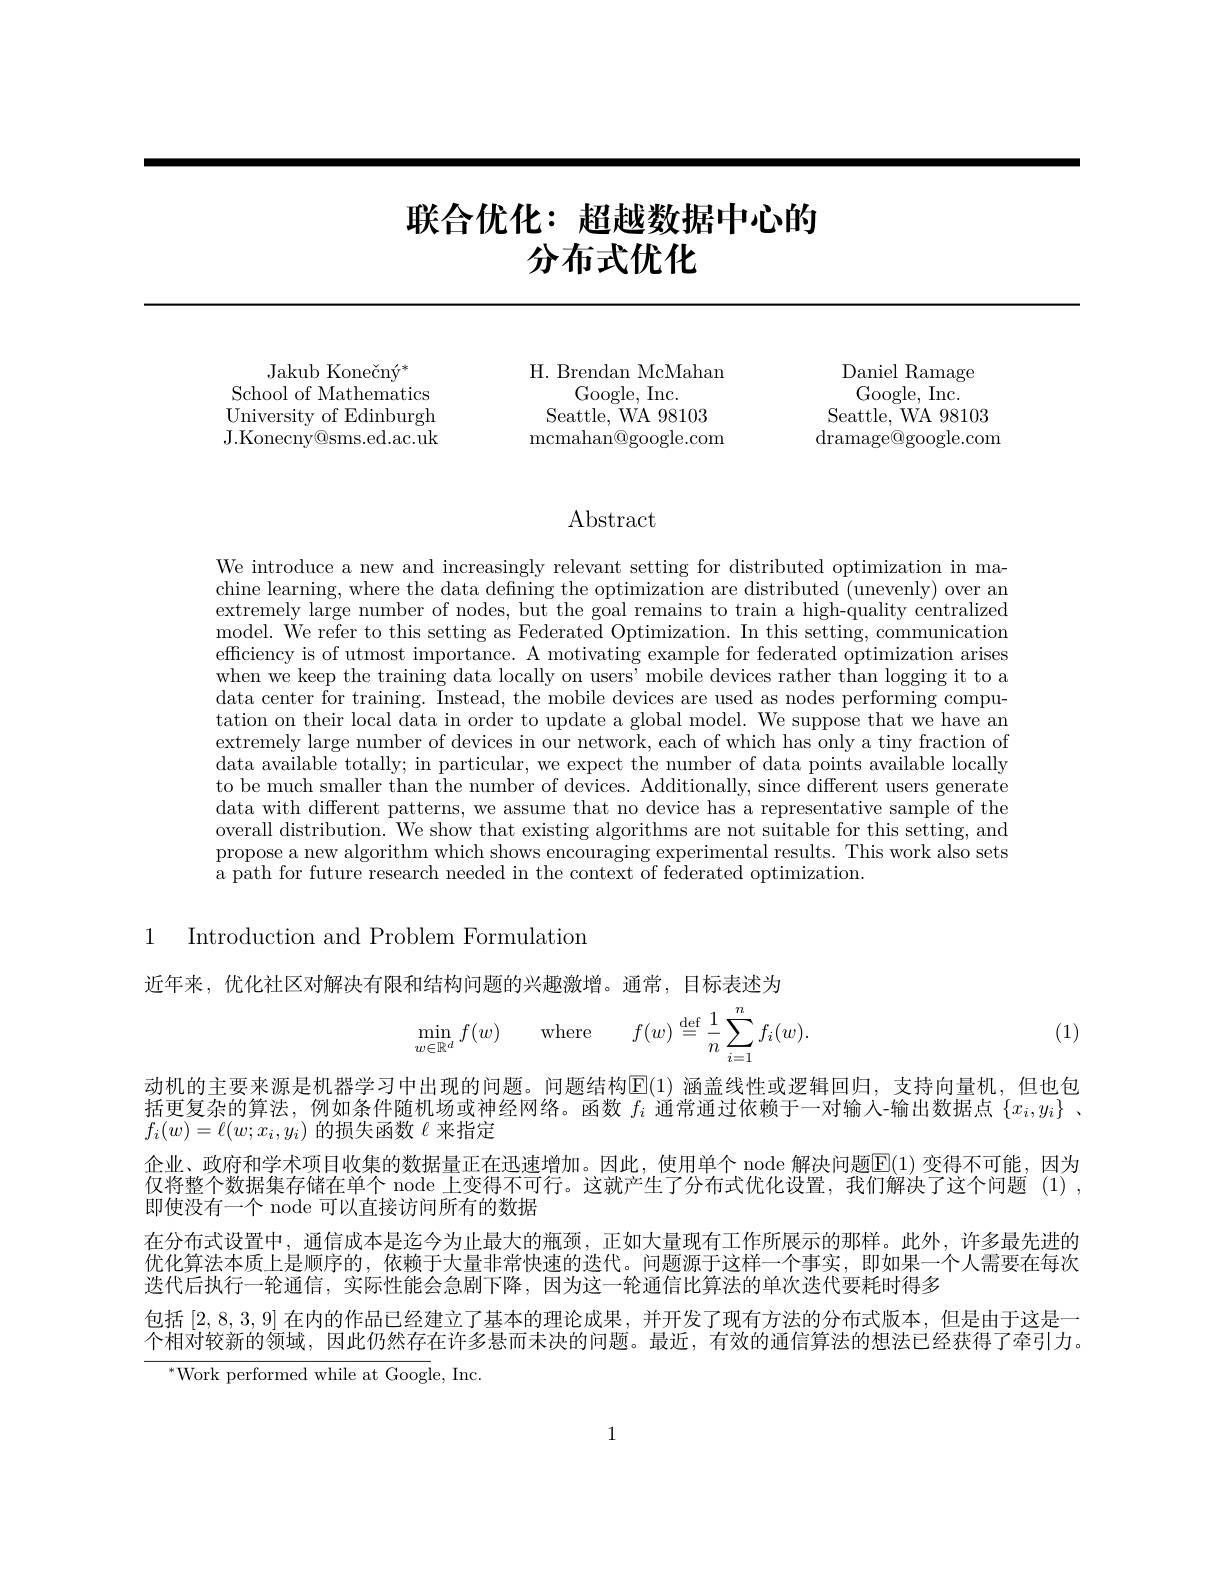
# 联合优化：超越数据中心的分布式优化

Jakub Konečný*
School of Mathematics University of Edinburgh J.Konecny@sms.ed.ac.uk

H. Brendan McMahan
Google, Inc.
Seattle, WA 98103 ${\mathrm{mcmahan@google.com}}$

Daniel Ramage Google, Inc.
Seattle, WA 98103 ${\mathrm{dramage@google.com}}$

## $\operatorname{Abstract}$

We introduce a new and increasingly relevant setting for distributed optimization in machine learning, where the data defining the optimization are distributed (unevenly) over an extremely large number of nodes, but the goal remains to train a high-quality centralized model. We refer to this setting as Federated Optimization. In this setting, communication efficiency is of utmost importance. A motivating example for federated optimization arises when we keep the training data locally on users' mobile devices rather than logging it to a data center for training. Instead, the mobile devices are used as nodes performing computation on their local data in order to update a global model. We suppose that we have an extremely large number of devices in our network, each of which has only a tiny fraction of data available totally; in particular, we expect the number of data points available locally to be much smaller than the number of devices. Additionally, since different users generate data with different patterns, we assume that no device has a representative sample of the overall distribution. We show that existing algorithms are not suitable for this setting, and propose a new algorithm which shows encouraging experimental results. This work also sets a path for future research needed in the context of federated optimization.

1

Introduction and Problem Formulation

近年来，优化社区对解决有限和结构问题的兴趣激增。通常，目标表述为

(1)
$$\min\limits_{w\in\mathbb{R}^d}f(w)\quad\text{where}\quad f(w)\stackrel{\text{def}}{=}\frac{1}{n}\sum\limits_{i=1}^nf_i(w).$$
动机的主要来源是机器学习中出现的问题。问题结构$\mathbb{E}(1)$ 涵盖线性或逻辑回归，支持向量机，但也包括更复杂的算法，例如条件随机场或神经网络。函数$f_i$通常通过依赖于一对输人-输出数据点$\{x_i,y_i\}$ 、 $f_i(w)=\ell(w;x_i,y_i)$的损失函数$\ell$来指定

企业、政府和学术项目收集的数据量正在迅速增加。因此，使用单个 node 解决问题E(1) 变得不可能，因为仅将整个数据集存储在单个 node 上变得不可行。这就产生了分布式优化设置，我们解决了这个问题 (1) , 即使没有一个 node 可以直接访问所有的数据
在分布式设置中，通信成本是迄今为止最大的瓶颈，正如大量现有工作所展示的那样。此外，许多最先进的优化算法本质上是顺序的，依赖于大量非常快速的迭代。问题源于这样一个事实，即如果一个人需要在每次迭代后执行一轮通信，实际性能会急剧下降，因为这一轮通信比算法的单次迭代要耗时得多
包括[2,8,3,9]在内的作品已经建立了基本的理论成果，并开发了现有方法的分布式版本，但是由于这是一个相对较新的领域，因此仍然存在许多悬而未决的问题。最近，有效的通信算法的想法已经获得了牵引力。
$^{*}$Work performed while at Google, Inc.

1